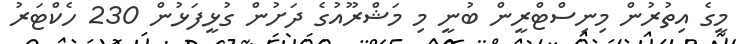
މީގެ އިތުރުން މިނިސްޓްރީން ބުނީ މި މަޝްރޫއުގެ ދަށުން ގުޅީފަޅުން 230 ހެކްޓަރު